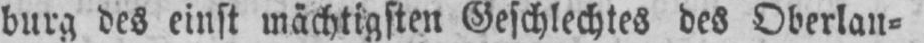
burg des einst mächtigsten Geschlechtes des Oberlan⸗